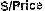
S/PRICE